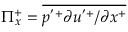
\Pi _ { x } ^ { + } = \overline { { p ^ { ' + } \partial u ^ { ' + } / \partial x ^ { + } } }